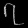
Digit: ၇